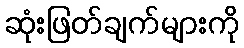
ဆုံးဖြတ်ချက်များကို